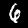
Label: 6